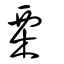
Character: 㮚